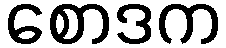
စောဒက